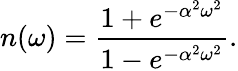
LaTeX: n(\omega)={\frac{1+e^{-\alpha^{2}\omega^{2}}}{1-e^{-\alpha^{2}\omega^{2}}}}.